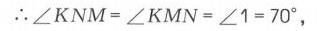
\(\therefore\angle KNM=\angle KMN = \angle 1 = 70^{\circ}\)，